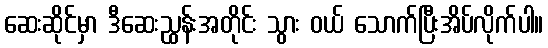
ဆေးဆိုင်မှာ ဒီဆေးညွှန်းအတိုင်း သွား ဝယ် သောက်ပြီးအိပ်လိုက်ပါ။